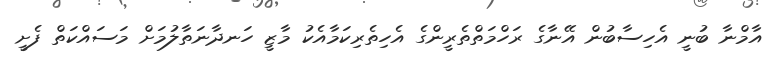
އާމްނާ ބުނީ އެހިސާބުން އޭނާގެ ރަހްމަތްތެރީންގެ އެހިތެރިކަމާއެކު މާޒީ ހަނދާނަތާލުމަށް މަސައްކަތް ފެށީ